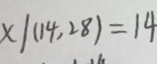
x \vert ( 1 4 , 2 8 ) = 1 4